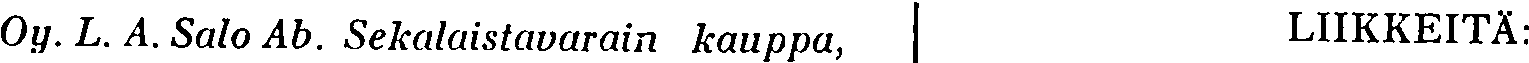
Oy. L. A. Salo Ab. Sekalaistavarain kauppa, LIIKKEITA: